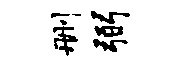
删弼